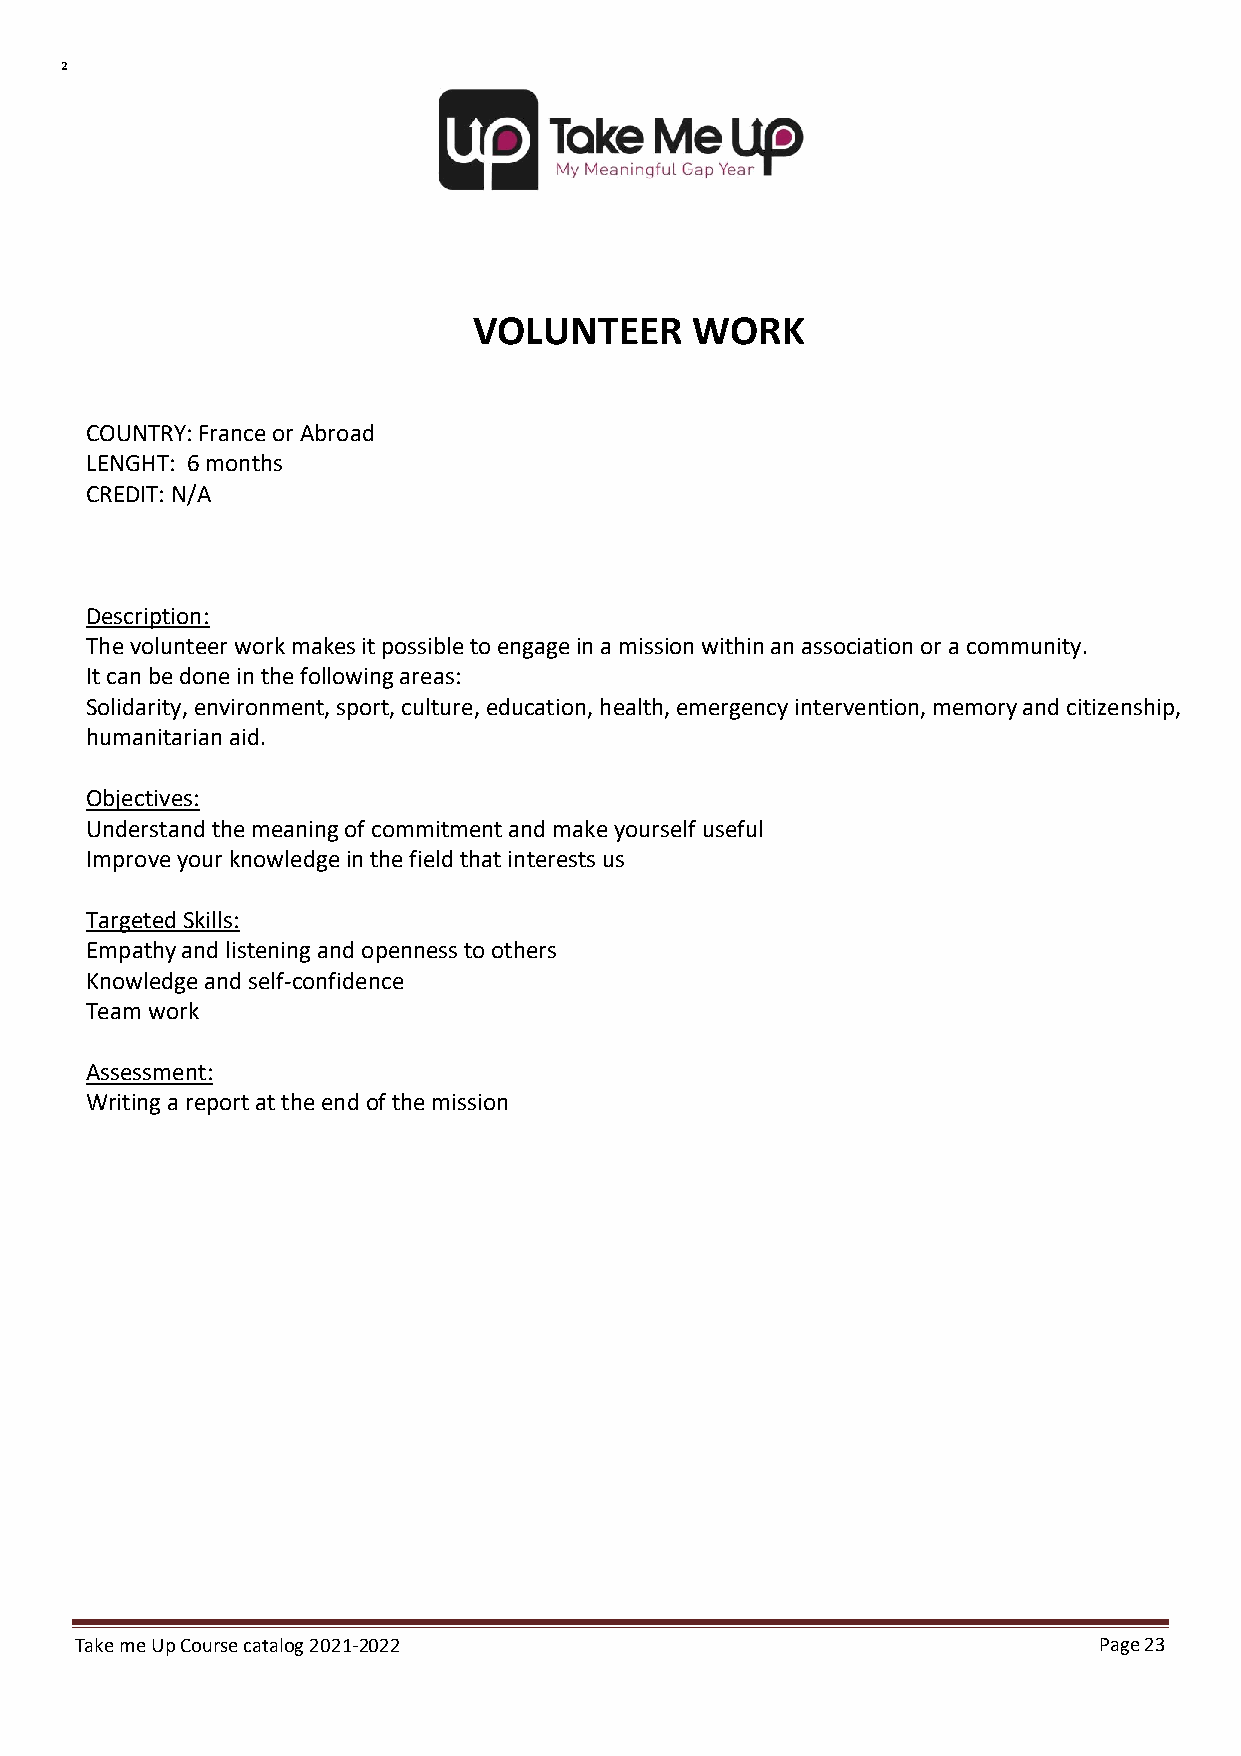
²
 VOLUNTEER      WORK
 COUNTRY: France or Abroad
 LENGHT: 6 months
 CREDIT: N/A
 Description:
 The volunteer work makes it possible to engage in a mission within an association or a community.
 It can be done in the following areas:
 Solidarity, environment, sport, culture, education, health, emergency intervention, memory and citizenship,
 humanitarian aid.
 Objectives:
 Understand the meaning of commitment and make yourself useful
 Improve your knowledge in the field that interests us
 Targeted Skills:
 Empathy and listening and openness to others
 Knowledge and self-confidence
 Team work
 Assessment:
 Writing a report at the end of the mission
 Take me Up Course catalog 2021-2022                                 Page 23
 Undergraduate Course Catalog